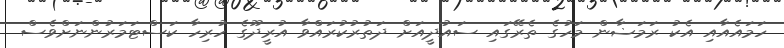
ހަމައެއާއި އެކު ރަމަޟާން މަހުގެ ތެރޭގައި ސައުދީއަށް ދަތުރުކުރައްވާ އުރީދޫގެ ހުރިހާ ކަސްޓަމަރުންނަށްވެސް